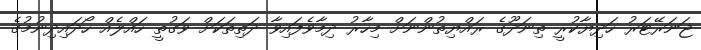
ޖަނަރޭޓަރު ހަދިޔާކުރީ ތިނަދޫގެ ރައްޔިތުންނަށް މިހާރު ދިމާވެފައިވާ ދަތިތަކަށް ވަގުތީ ހައްލެއް ހޯދައިދިނުމުގެ